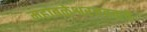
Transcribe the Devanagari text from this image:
महाबळेश्वरजवळचे